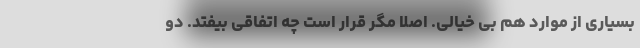
بسیاری از موارد هم بی خیالی. اصلاً مگر قرار است چه اتفاقی بیفتد. دو